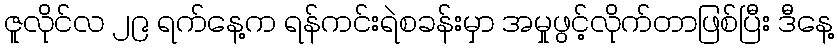
ဇူလိုင်လ ၂၉ ရက်နေ့က ရန်ကင်းရဲစခန်းမှာ အမှုဖွင့်လိုက်တာဖြစ်ပြီး ဒီနေ့